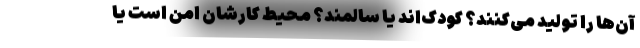
آن‌ها را تولید می‌کنند؟ کودک‌اند یا سالمند؟ محیط کارشان امن است یا